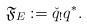
\begin{align*}\mathfrak{F}_E:={\check q}_! q^*.\end{align*}